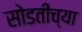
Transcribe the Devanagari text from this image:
सोडतीच्या